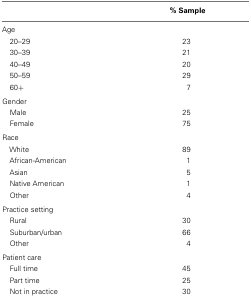
<table><thead><tr><td></td><td><b>% Sample</b></td></tr></thead><tbody><tr><td>Age</td></tr><tr><td> 20–29</td><td>23</td></tr><tr><td> 30–39</td><td>21</td></tr><tr><td> 40–49</td><td>20</td></tr><tr><td> 50–59</td><td>29</td></tr><tr><td> 60+</td><td>7</td></tr><tr><td>Gender</td></tr><tr><td> Male</td><td>25</td></tr><tr><td> Female</td><td>75</td></tr><tr><td>Race</td></tr><tr><td> White</td><td>89</td></tr><tr><td> African-American</td><td>1</td></tr><tr><td> Asian</td><td>5</td></tr><tr><td> Native American</td><td>1</td></tr><tr><td> Other</td><td>4</td></tr><tr><td>Practice setting</td></tr><tr><td> Rural</td><td>30</td></tr><tr><td> Suburban/urban</td><td>66</td></tr><tr><td> Other</td><td>4</td></tr><tr><td>Patient care</td></tr><tr><td> Full time</td><td>45</td></tr><tr><td> Part time</td><td>25</td></tr><tr><td> Not in practice</td><td>30</td></tr></tbody></table>